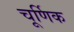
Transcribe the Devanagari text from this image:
चूर्णिक